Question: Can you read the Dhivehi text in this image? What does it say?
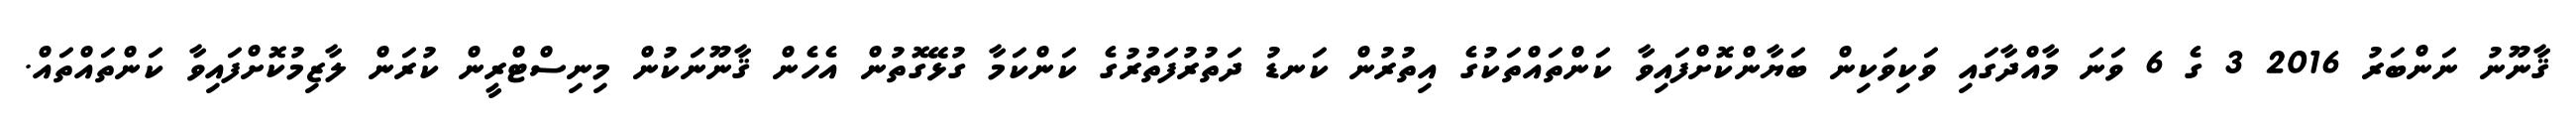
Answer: ޤާނޫނު ނަންބަރު 2016 3 ގެ 6 ވަނަ މާއްދާގައި ވަކިވަކިން ބަޔާންކޮށްފައިވާ ކަންތައްތަކުގެ އިތުރުން ކަނޑު ދަތުރުފަތުރުގެ ކަންކަމާ ގުޅޭގޮތުން އެހެން ޤާނޫނަކުން މިނިސްޓްރީން ކުރަން ލާޒިމުކޮށްފައިވާ ކަންތައްތައް.